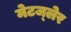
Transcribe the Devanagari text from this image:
मेटज्लेर